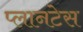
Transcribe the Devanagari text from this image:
प्लानटेस